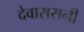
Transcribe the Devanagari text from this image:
देवारासनी